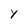
Character: Y